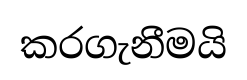
කරගැනීමයි